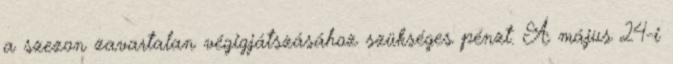
a szezon zavartalan végigjátszásához szükséges pénzt. A május 24-i